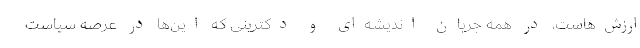
ارزش‌هاست، در همه جریان اندیشه‌ای و دکترینی که این‌ها در عرصه سیاست